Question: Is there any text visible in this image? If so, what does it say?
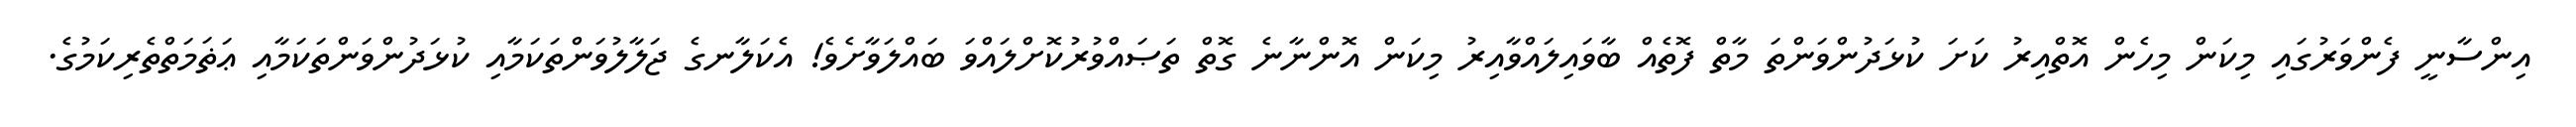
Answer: އިންސާނީ ފެންވަރުގައި މިކަން މިހެން އޮތްއިރު ކަށަ ކުޅަދުންވަންތަ މާތް ފޮތެއް ބާވައިލައްވާއިރު މިކަން އޮންނާނެ ގޮތް ތަޞައްވުރުކޮށްލައްވަ ބައްލަވާށެވެ! އެކަލާނގެ ޖަލާލުވަންތަކަމާއި ކުޅަދުންވަންތަކަމާއި ޢަޡަމަތްތެރިކަމުގެ.